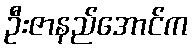
ဦးဇာနည်အောင်က